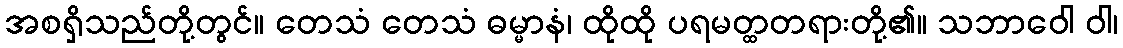
အစရှိသည်တို့တွင်။ တေသံ တေသံ ဓမ္မာနံ၊ ထိုထို ပရမတ္ထတရားတို့၏။ သဘာဝေါ ဝါ၊